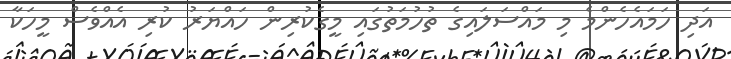
އަދި ހަމައެހެންމެ މި މައްސަލައިގެ ތުހުމަތުގައި މީގެކުރިން ހައްޔަރު ކުރި އެއްވެސް މީހަކާ